Kaarli_hariduselts_Sade, lk 10
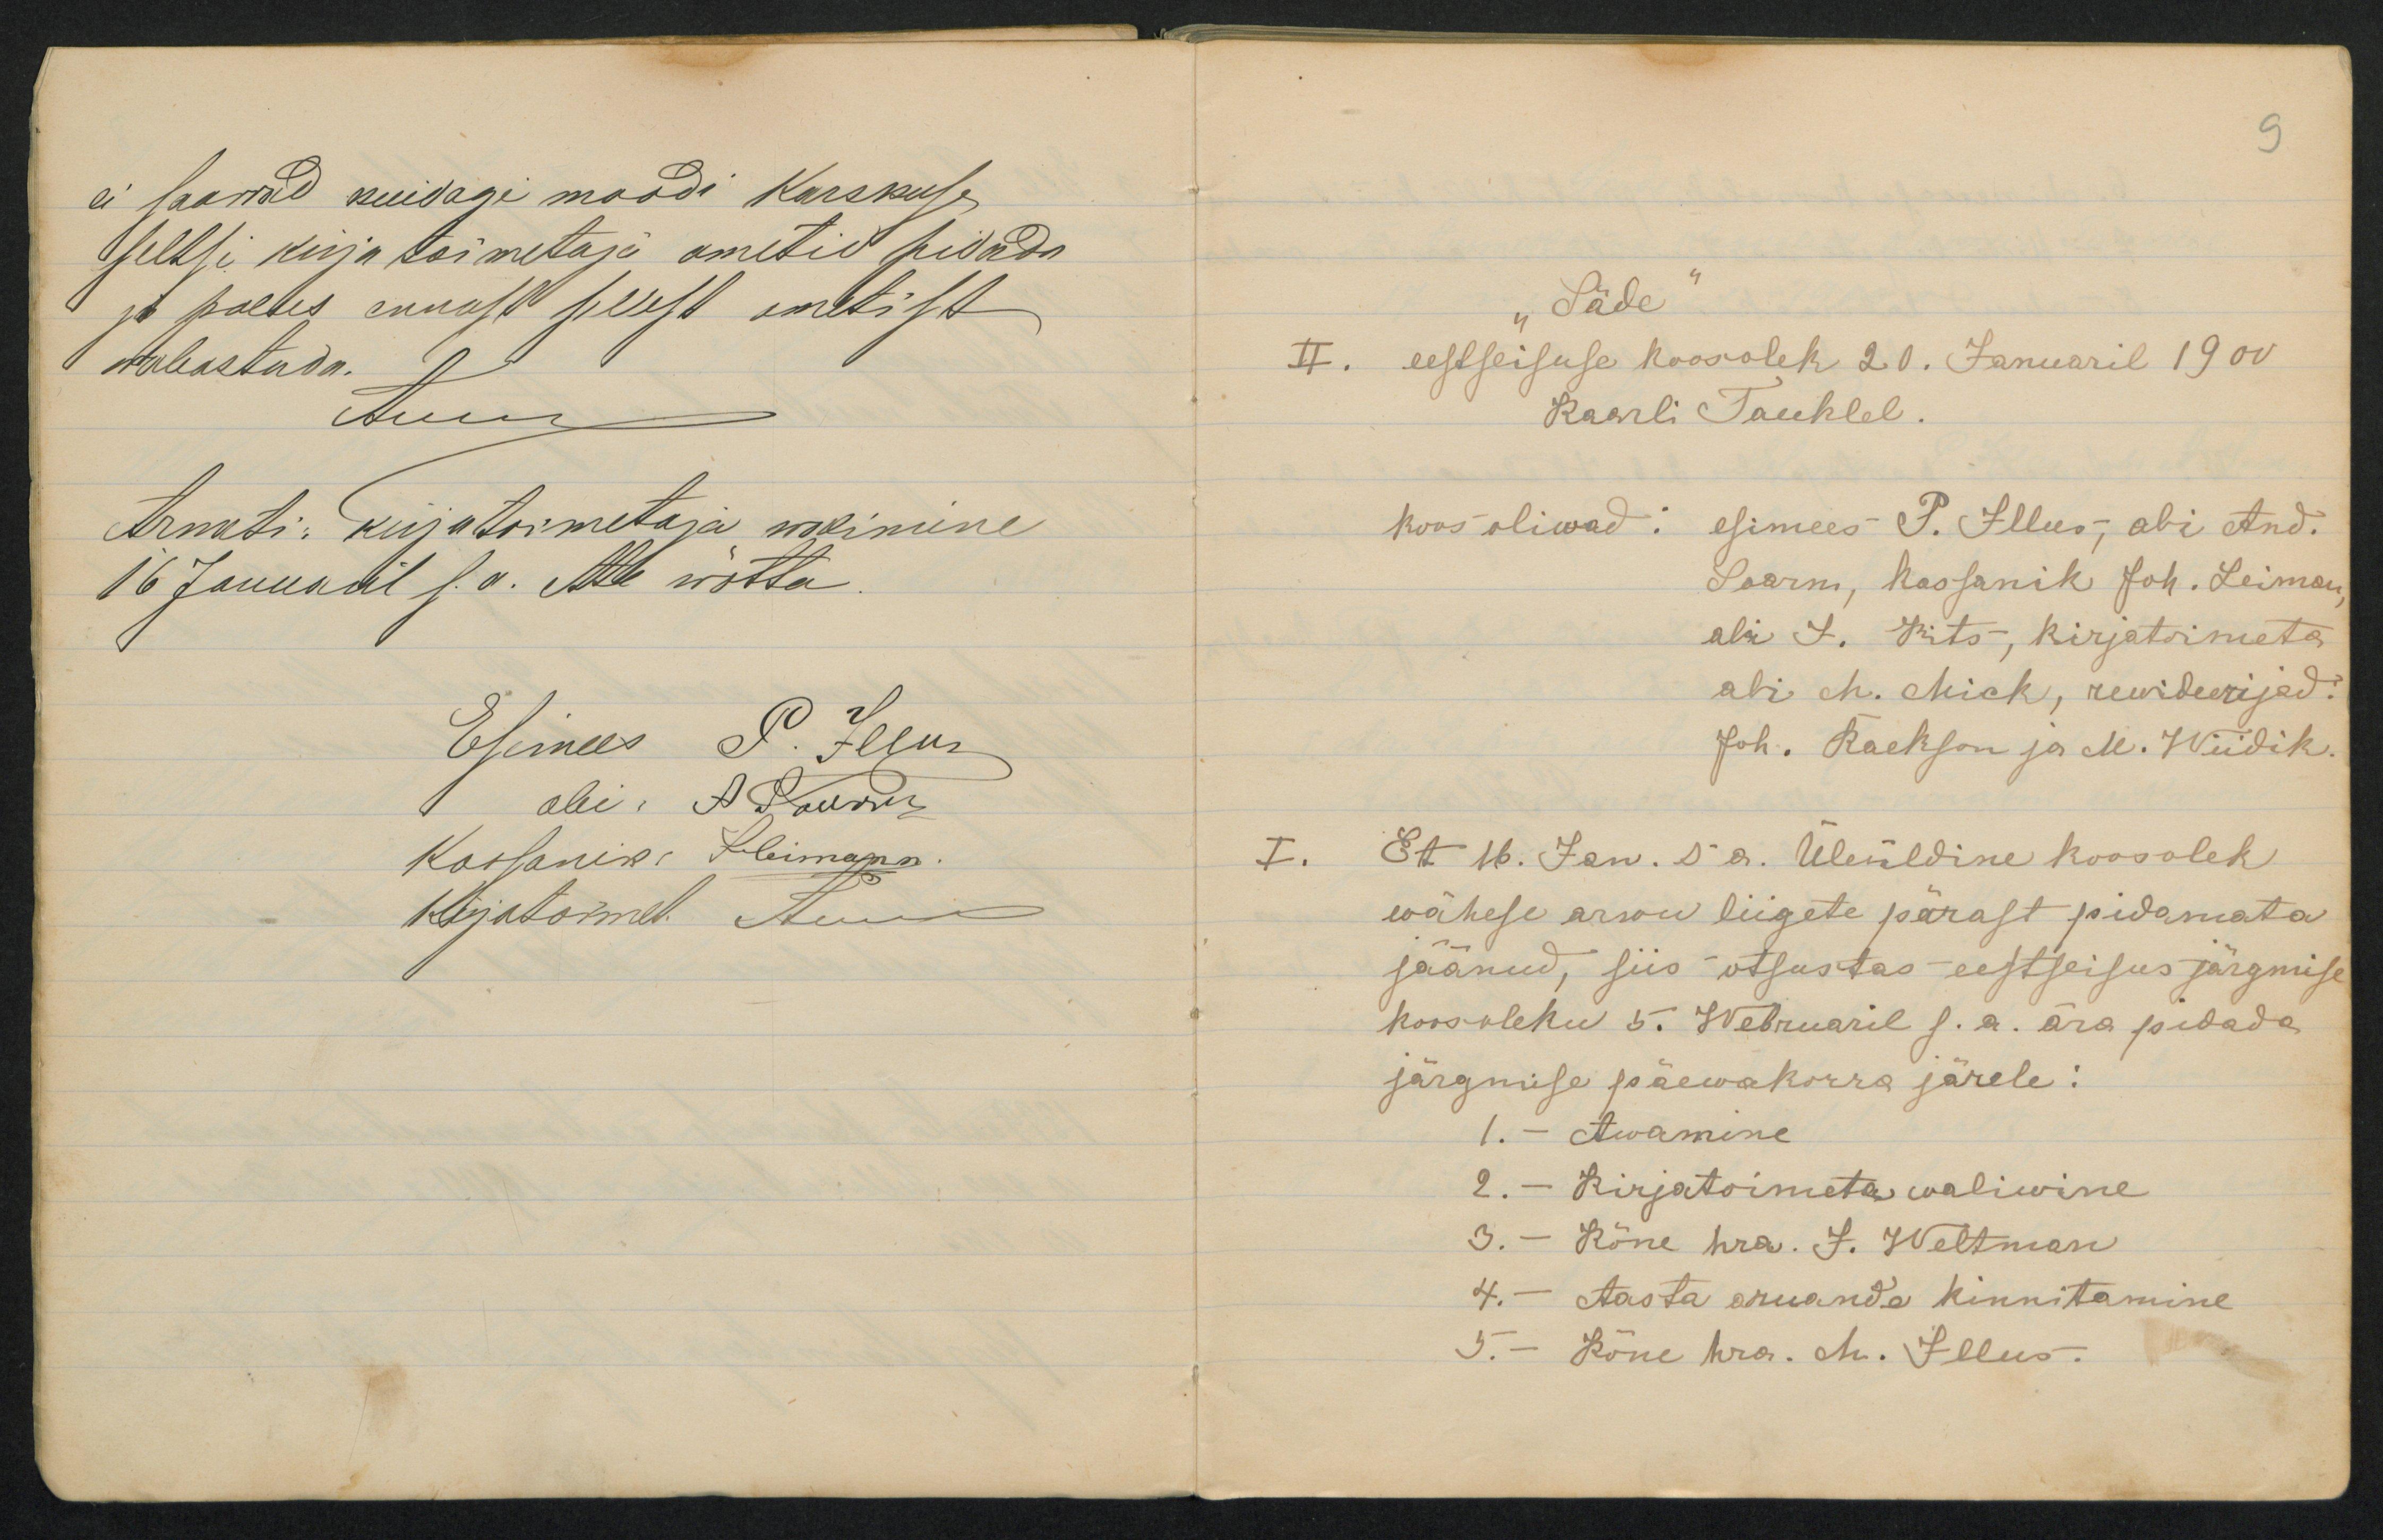
ei laawad kuidagi moodi karskusaTeltsi kuja toimetaja ometid pisadaja paebes annasa peeja emetisaAabastada.LuunArneti: kujutormetaja, meinune16 Januatil 1.a. Ab wõtta.

SädeII. eestseisuse koosoleh 20. Januaril 1900Kaarli Tauhlel.hoos oliwad:34 16. Jan. 5a. Üleüldine koosolekwähese arwu liigete pärast pidamatasaanud, siis otsustas- eestseisus järgmisehoosoleku 5. Webruaril j.a. ära pidadejärgmise päewakorra järele:1. - Awamine2. - Kirjatoimeta waliwine3. - Kõne hra. J. Weltman4. - Aasta aruande kinnitamineT. - Kõne hra. c. Illus-